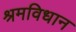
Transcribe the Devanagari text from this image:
श्रमविधान